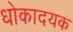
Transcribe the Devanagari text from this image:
धोकादयक